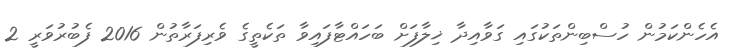
އެހެންކަމުން ހުސްބިންތަކުގައި ގަވާއިދާ ޚިލާފަށް ބަހައްޓާފައިވާ ތަކެތީގެ ވެރިފަރާތުން 2016 ފެބުރުވަރީ 2